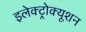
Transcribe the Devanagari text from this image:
इलेक्ट्रोक्यूशन